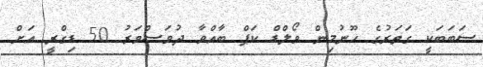
ސަބަބަކީ ގަތަރުގެ ހޫނުމިން ވޯލްޑް ކަޕް ބާއްވާ ދުވަސްވަރު 50 ޑިގްރީ އަށް